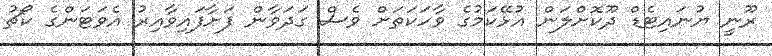
ރޫނީ ޔުނައިޓެޑް ދޫކޮށްލަން އުޅޭކަމުގެ ވާހަކަތަށް ވެސް ގަދަވާން ފަށާފައިވާއިރު އެވަޓަންގެ ކޯޗު